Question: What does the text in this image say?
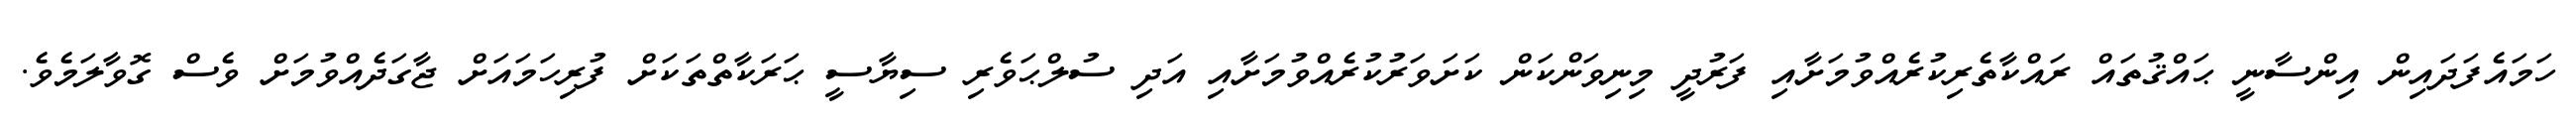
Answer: ހަމައެފަދައިން އިންސާނީ ޙައްޤުތައް ރައްކާތެރިކުރެއްވުމަށާއި ފަރުދީ މިނިވަންކަން ކަށަވަރުކުރެއްވުމަށާއި އަދި ސުލްޙަވެރި ސިޔާސީ ޙަރަކާތްތަކަށް ފުރިހަމައަށް ޖާގަދެއްވުމަށް ވެސް ގޮވާލަމެވެ.